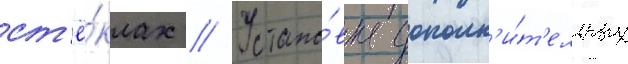
ст'ё́клах // Устано́вка дополн'и́т'ельных